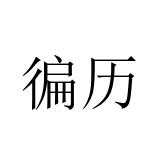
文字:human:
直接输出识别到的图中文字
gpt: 徧历